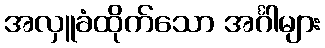
အလှူခံထိုက်သော အင်္ဂါများ